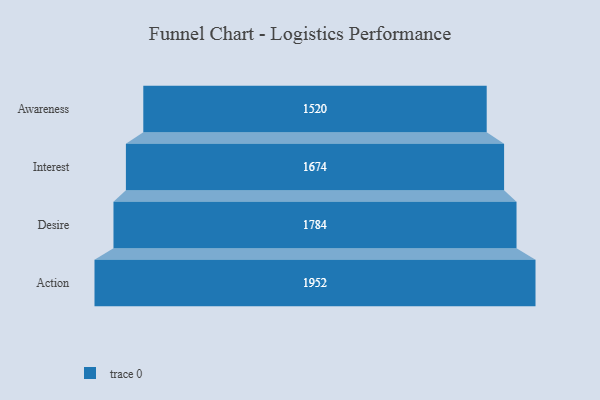
{"axis": {"x": "Stage", "y": "Value"}, "legend": [""], "data": [{"x": "Awareness", "y": 1520.0, "type": ""}, {"x": "Interest", "y": 1674.0, "type": ""}, {"x": "Desire", "y": 1784.0, "type": ""}, {"x": "Action", "y": 1952.0, "type": ""}]}